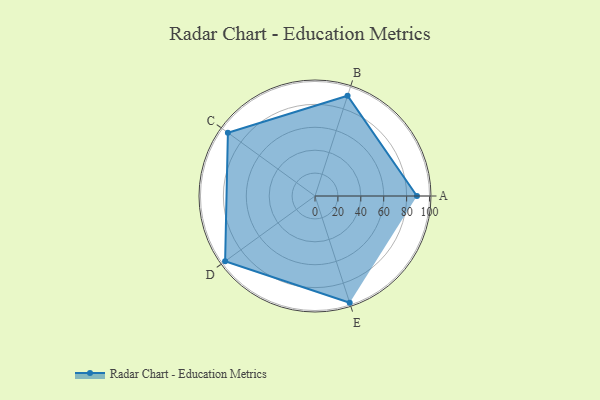
{"axis": {"x": "Skill", "y": "Score"}, "legend": ["Profile"], "data": [{"x": "A", "y": 89.0, "type": "Profile"}, {"x": "B", "y": 92.0, "type": "Profile"}, {"x": "C", "y": 94.0, "type": "Profile"}, {"x": "D", "y": 97.0, "type": "Profile"}, {"x": "E", "y": 98.0, "type": "Profile"}]}